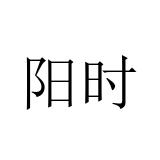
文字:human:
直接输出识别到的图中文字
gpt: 阳时